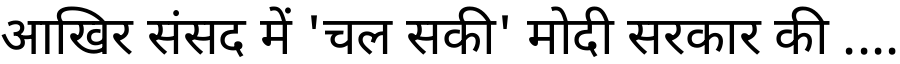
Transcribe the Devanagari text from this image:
आखिर संसद में 'चल सकी' मोदी सरकार की ....